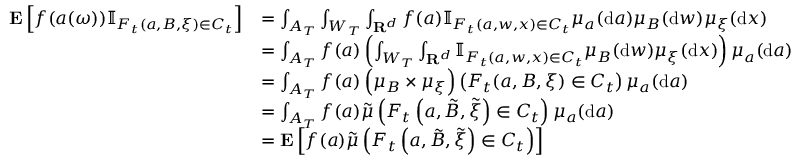
\begin{array} { r l } { \mathbf { E } \left[ f ( a ( \omega ) ) \mathbb { I } _ { F _ { t } ( a , B , \xi ) \in C _ { t } } \right] } & { = \int _ { A _ { T } } \int _ { W _ { T } } \int _ { \mathbf { R } ^ { d } } f ( a ) \mathbb { I } _ { F _ { t } ( a , w , x ) \in C _ { t } } \mu _ { a } ( \mathrm { d } a ) \mu _ { B } ( \mathrm { d } w ) \mu _ { \xi } ( \mathrm { d } x ) } \\ & { = \int _ { A _ { T } } f ( a ) \left( \int _ { W _ { T } } \int _ { \mathbf { R } ^ { d } } \mathbb { I } _ { F _ { t } ( a , w , x ) \in C _ { t } } \mu _ { B } ( \mathrm { d } w ) \mu _ { \xi } ( \mathrm { d } x ) \right) \mu _ { a } ( \mathrm { d } a ) } \\ & { = \int _ { A _ { T } } f ( a ) \left( \mu _ { B } \times \mu _ { \xi } \right) \left( F _ { t } ( a , B , \xi ) \in C _ { t } \right) \mu _ { a } ( \mathrm { d } a ) } \\ & { = \int _ { A _ { T } } f ( a ) \Tilde { \mu } \left( F _ { t } \left( a , \Tilde { B } , \Tilde { \xi } \right) \in C _ { t } \right) \mu _ { a } ( \mathrm { d } a ) } \\ & { = \mathbf { E } \left[ f ( a ) \Tilde { \mu } \left( F _ { t } \left( a , \Tilde { B } , \Tilde { \xi } \right) \in C _ { t } \right) \right] } \end{array}